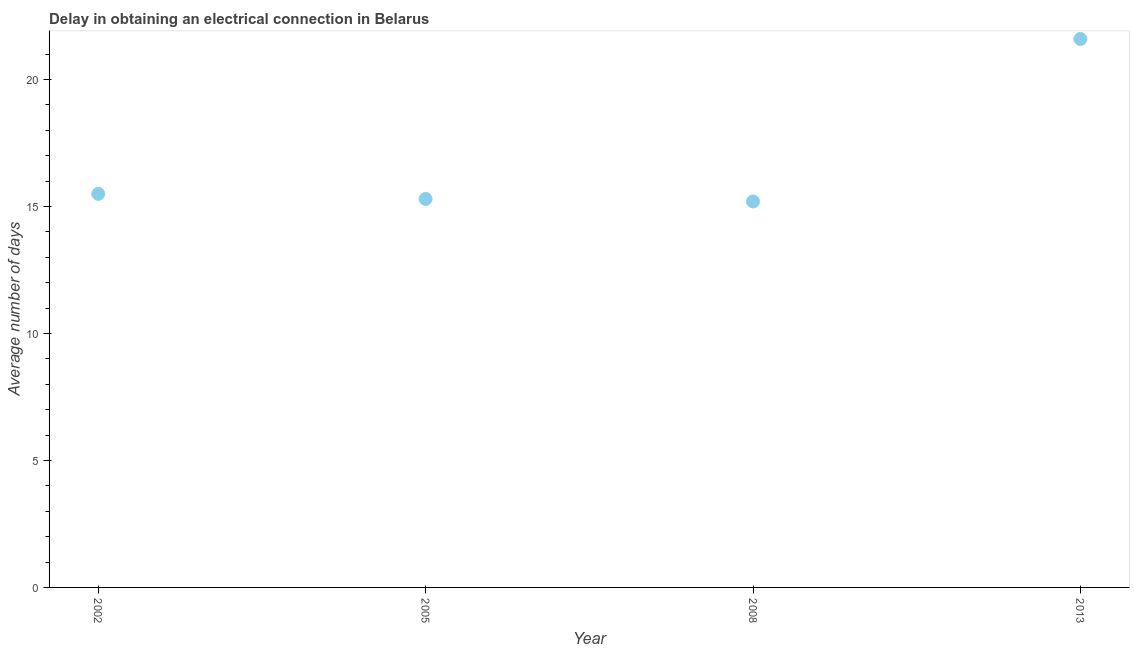
| Year | Dalay in Electrical connection |
 | --- | --- |
 | 2002 | 15.5 |
 | 2005 | 15.3 |
 | 2008 | 15.2 |
 | 2013 | 21.6 |